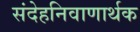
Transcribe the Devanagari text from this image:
संदेहनिवाणार्थक